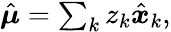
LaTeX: \begin{array}{r}{\hat{\boldsymbol\mu}=\sum_{k}z_{k}\hat{\boldsymbol{x}}_{k},}\end{array}